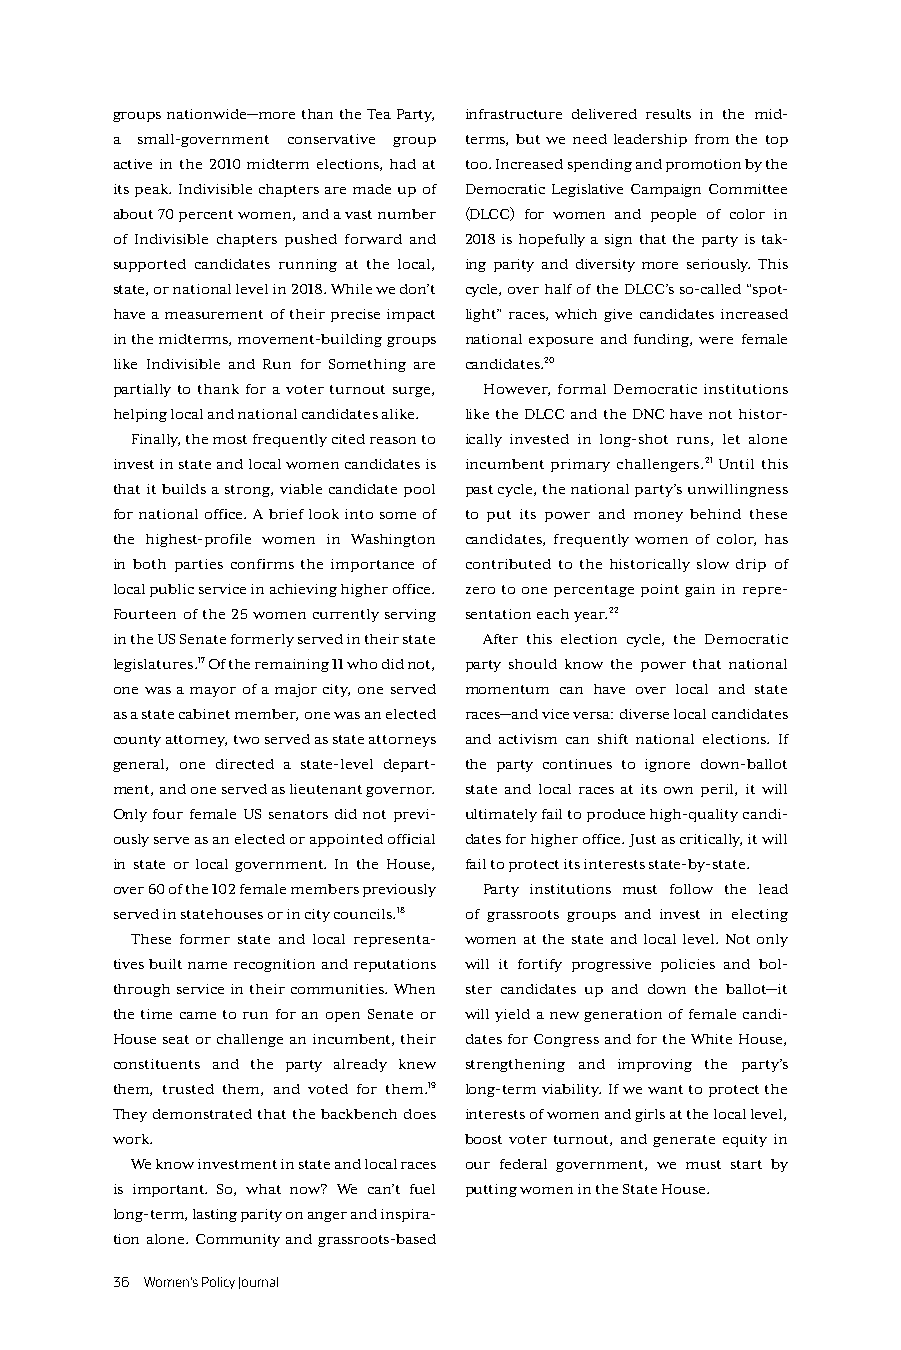
groups nationwide—more than the Tea Party, infrastructure delivered results in the mid-
 a small-government conservative group terms, but we need leadership from the top
 active in the 2010 midterm elections, had at too. Increased spending and promotion by the
 its peak. Indivisible chapters are made up of Democratic Legislative Campaign Committee
 about 70 percent women, and a vast number (DLCC) for women and people of color in
 of Indivisible chapters pushed forward and 2018 is hopefully a sign that the party is tak-
 supported candidates running at the local, ing parity and diversity more seriously. This
 state, or national level in 2018. While we don’t cycle, over half of the DLCC’s so-called “spot-
 have a measurement of their precise impact light” races, which give candidates increased
 in the midterms, movement-building groups national exposure and funding, were female
 like Indivisible and Run for Something are candidates.20
 partially to thank for a voter turnout surge, However, formal Democratic institutions
 helping local and national candidates alike. like the DLCC and the DNC have not histor-
 Finally, the most frequently cited reason to ically invested in long-shot runs, let alone
 invest in state and local women candidates is incumbent primary challengers.21 Until this
 that it builds a strong, viable candidate pool past cycle, the national party’s unwillingness
 for national office. A brief look into some of to put its power and money behind these
 the highest-profile women in Washington candidates, frequently women of color, has
 in both parties confirms the importance of contributed to the historically slow drip of
 local public service in achieving higher office. zero to one percentage point gain in repre-
 Fourteen of the 25 women currently serving sentation each year.22
 in the US Senate formerly served in their state After this election cycle, the Democratic
 legislatures.17 Of the remaining 11 who did not, party should know the power that national
 one was a mayor of a major city, one served momentum can have over local and state
 as a state cabinet member, one was an elected races—and vice versa: diverse local candidates
 county attorney, two served as state attorneys and activism can shift national elections. If
 general, one directed a state-level depart- the party continues to ignore down-ballot
 ment, and one served as lieutenant governor. state and local races at its own peril, it will
 Only four female US senators did not previ- ultimately fail to produce high-quality candi-
 ously serve as an elected or appointed official dates for higher office. Just as critically, it will
 in state or local government. In the House, fail to protect its interests state-by-state.
 over 60 of the 102 female members previously Party institutions must follow the lead
 served in statehouses or in city councils.18 of grassroots groups and invest in electing
 These former state and local representa- women at the state and local level. Not only
 tives built name recognition and reputations will it fortify progressive policies and bol-
 through service in their communities. When ster candidates up and down the ballot—it
 the time came to run for an open Senate or will yield a new generation of female candi-
 House seat or challenge an incumbent, their dates for Congress and for the White House,
 constituents and the party already knew strengthening and improving the party’s
 them, trusted them, and voted for them.19 long-term viability. If we want to protect the
 They demonstrated that the backbench does interests of women and girls at the local level,
 work.                   boost voter turnout, and generate equity in
 We know investment in state and local races our federal government, we must start by
 is important. So, what now? We can’t fuel putting women in the State House.
 long-term, lasting parity on anger and inspira-
 tion alone. Community and grassroots-based
 36 Women’s Policy Journal